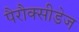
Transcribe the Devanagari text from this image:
पैरौक्सीडेज